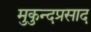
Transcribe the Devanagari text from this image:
मुकुन्दप्रसाद